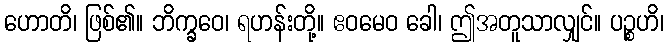
ဟောတိ၊ ဖြစ်၏။ ဘိက္ခဝေ၊ ရဟန်းတို့။ ဧဝမေဝ ခေါ၊ ဤအတူသာလျှင်။ ပဉ္စဟိ၊